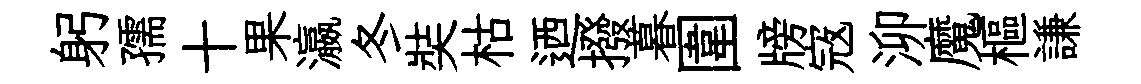
躬孺十果瀛冬奘枯迺撥暮圍牓𡨥泖魔樞謙